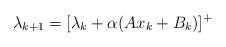
LaTeX: \begin{align*}\lambda_{k+1} & = [\lambda_{k} + \alpha (Ax_k + B_k)]^+ \end{align*}